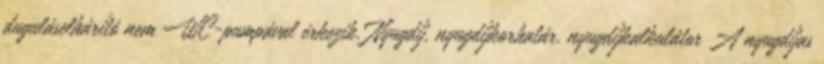
duguláselhárító nem WC-pumpával érkezik. Nyugdíj, nyugdíjkorhatár, nyugdíjkalkulátor A nyugdíjas